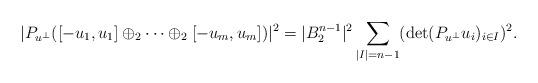
LaTeX: \begin{align*}|P_{u^\bot}([-u_1,u_1]\oplus_2\cdots\oplus_2[-u_m,u_m])|^2=|B_2^{n-1}|^2\sum_{|I|=n-1}(\det(P_{u^\bot}u_i)_{i\in I})^2.\end{align*}